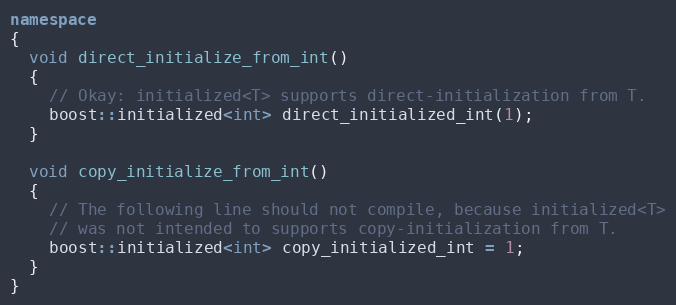
Language: C++
namespace
{
  void direct_initialize_from_int()
  {
    // Okay: initialized<T> supports direct-initialization from T.
    boost::initialized<int> direct_initialized_int(1);
  }

  void copy_initialize_from_int()
  {
    // The following line should not compile, because initialized<T>
    // was not intended to supports copy-initialization from T.
    boost::initialized<int> copy_initialized_int = 1;
  }
}